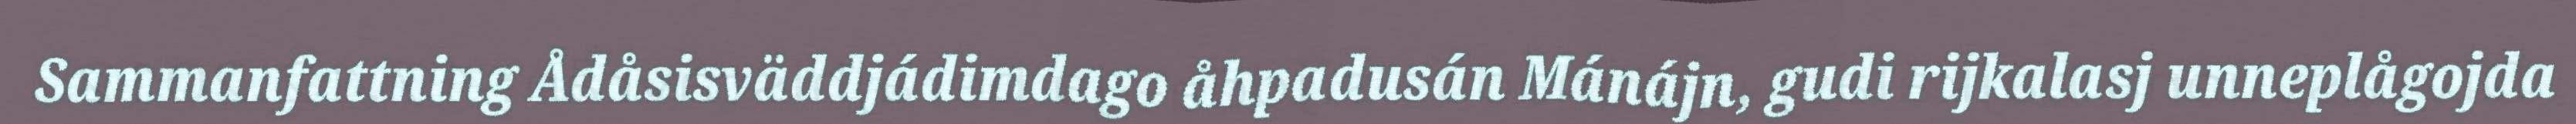
Sammanfattning Ådåsisväddjádimdago åhpadusán Mánájn, gudi rijkalasj unneplågojda